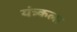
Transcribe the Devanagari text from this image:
यंत्र्कला